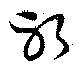
躬